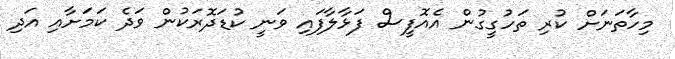
މިހާތަނަށް ކުރި ތަހުގީގުން އެއޮފީސް ފަޅާލާފައި ވަނީ ކުޑަދޮރަކުން ވަދެ ކަަމަށާއި އަދި